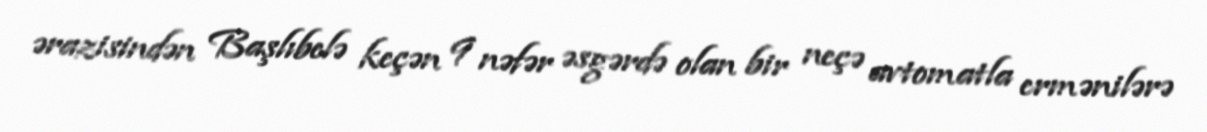
ərazisindən Başlıbelə keçən 9 nəfər əsgərdə olan bir neçə avtomatla ermənilərə